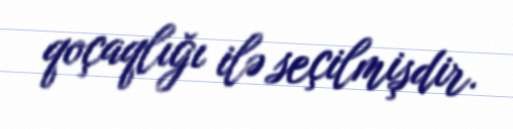
qoçaqlığı ilə seçilmişdir.